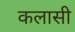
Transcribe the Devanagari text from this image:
कलासी